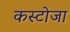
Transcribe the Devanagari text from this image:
कस्टोजा